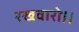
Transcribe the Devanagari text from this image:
रखवारो।।